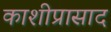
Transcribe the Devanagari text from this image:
काशीप्रासाद